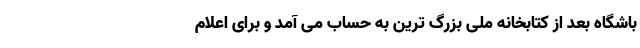
باشگاه بعد از کتابخانه ملی بزرگ ترین به حساب می آمد و برای اعلام